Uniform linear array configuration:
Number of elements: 16
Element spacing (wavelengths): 0.5
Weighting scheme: blackman
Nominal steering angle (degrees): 60
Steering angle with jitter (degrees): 59.321
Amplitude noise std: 0.05
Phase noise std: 0.05

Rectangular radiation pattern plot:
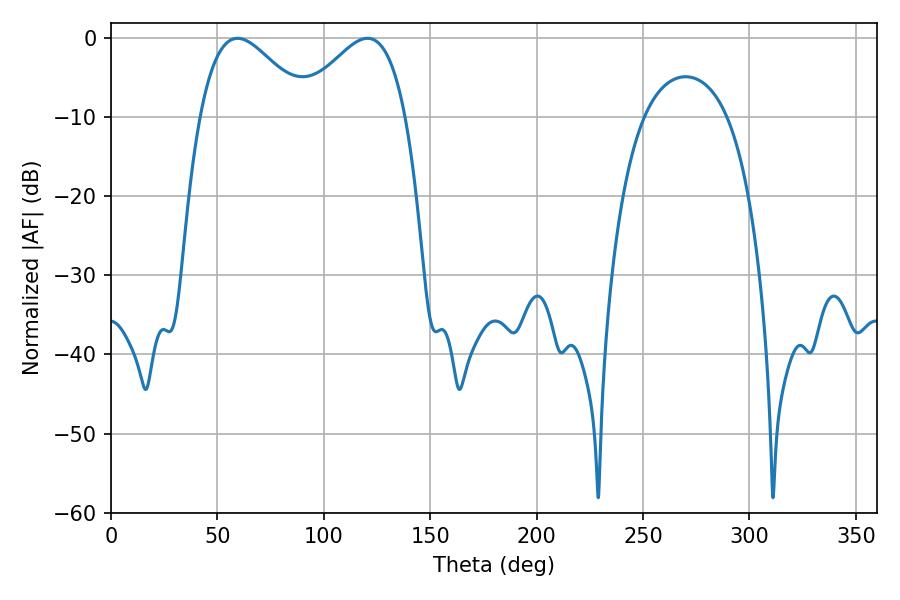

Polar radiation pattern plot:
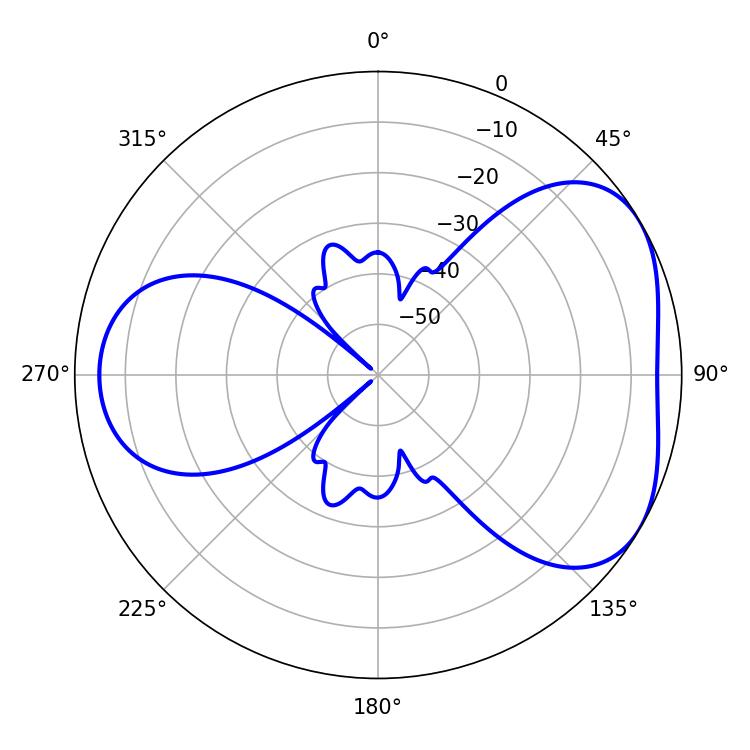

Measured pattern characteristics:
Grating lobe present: FALSE
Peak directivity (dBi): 4.396
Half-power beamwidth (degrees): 27.36
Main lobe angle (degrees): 59.4